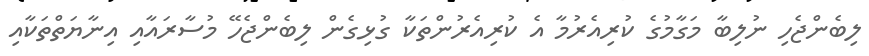
ލިބެންޖެހި ނުލިބާ މަގާމުގެ ކުރިއެރުމާ އެ ކުރިއެރުންތަކާ ގުޅިގެން ލިބެންޖެހޭ މުސާރައާއި އިނާޔަތްތަކާއި